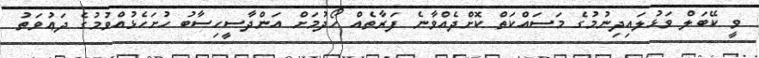
ވީ ކޭބަލް ވަޅުލައިދިނުމުގެ މަސައްކަތް ކޮށްދެއްވާނެ ފަރާތެއް ހޯދުމަށް އަންދާސީހިސާބު ހުށަހެޅުއްވުމުގެ ދަޢުވަތު